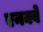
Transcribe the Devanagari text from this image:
एनक्वे